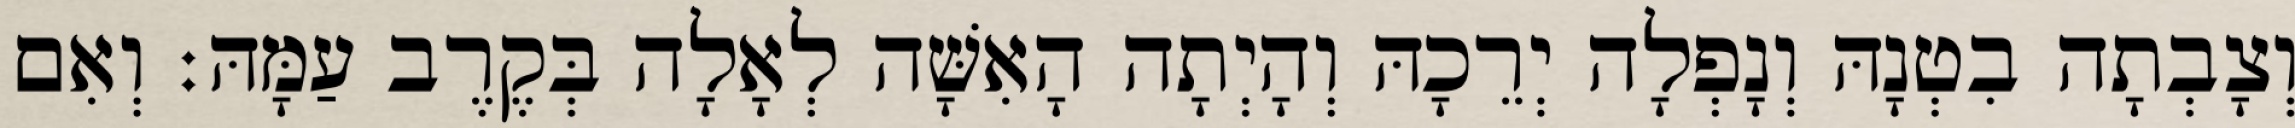
וְצָבְתָה בִטְנָהּ וְנָפְלָה יְרֵכָהּ וְהָיְתָה הָאִשָּׁה לְאָלָה בְּקֶרֶב עַמָּהּ׃ וְאִם